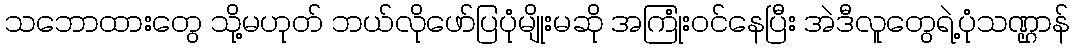
သဘောထားတွေ သို့မဟုတ် ဘယ်လိုဖော်ပြပုံမျိုးမဆို အကြုံးဝင်နေပြီး အဲဒီလူတွေရဲ့ပုံသဏ္ဌာန်